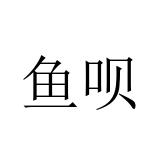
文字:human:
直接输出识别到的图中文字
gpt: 鱼呗